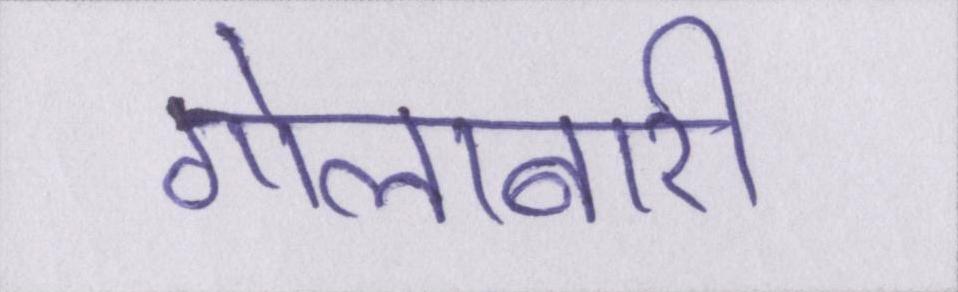
गोलाबारी